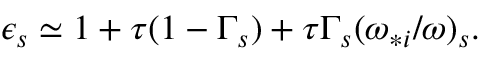
\begin{array} { r } { \epsilon _ { s } \simeq 1 + \tau ( 1 - \Gamma _ { s } ) + \tau \Gamma _ { s } ( \omega _ { * i } / \omega ) _ { s } . } \end{array}